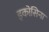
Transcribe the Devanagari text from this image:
इकोसिना